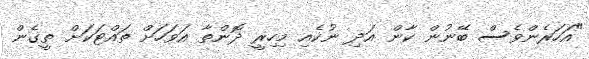
"އަހަރެންވެސް ބޭނުން ކާން އަދި ނުކެއި މިހިރީ ދޮންތާ އަވަހަށް ތައްޓަކަށް ތީގެން